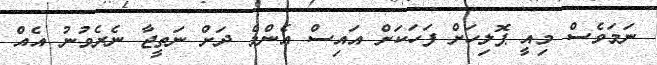
ނަމަވެސް މިއީ ޕޮލިހަށް ފަހަކަށް އައިސް އެންމެ ދަށް ނަތީޖާ ނެރެވުނު އެއް